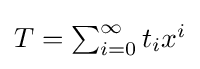
\textstyle T=\sum _{i=0}^{\infty }t_{i}x^{i}